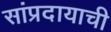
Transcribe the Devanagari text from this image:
सांप्रदायाची